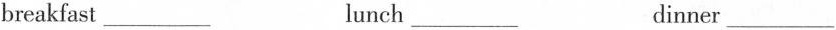
breakfast ___ lunch ___ dinner ___